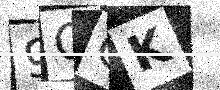
Text: 9OQK